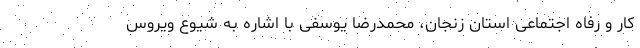
کار و رفاه اجتماعی استان زنجان، محمدرضا یوسفی با اشاره به شیوع ویروس